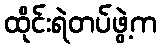
ထိုင်းရဲတပ်ဖွဲ့က